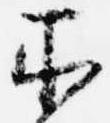
所